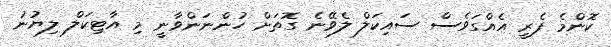
ކޮންމެ ފެރީ އެއްގަވެސް ސައިކަލް ލެވޭނެ ގޮތަށް ހުންނަންވާނީ މި އާޓިކަލް ލިޔުނު